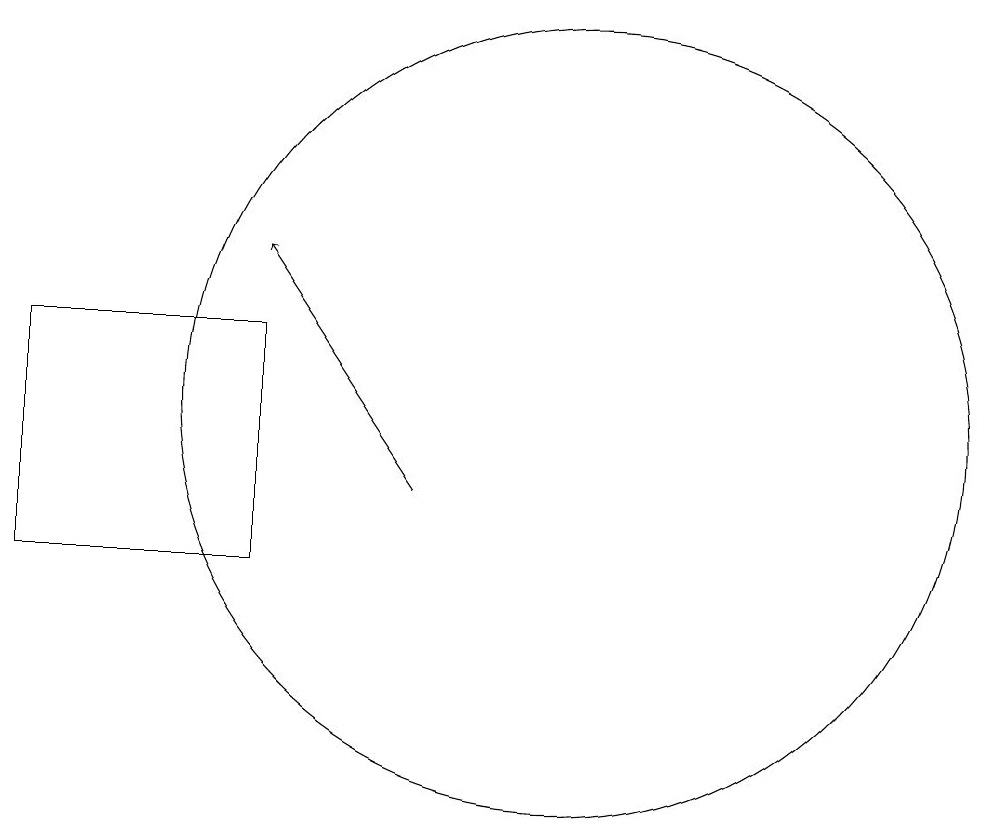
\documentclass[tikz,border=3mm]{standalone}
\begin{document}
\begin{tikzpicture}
\draw (6,13) rectangle (3,10);
\draw[->] (8,11) -- (6,14);
\draw (10,12) circle (5);
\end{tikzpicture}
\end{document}